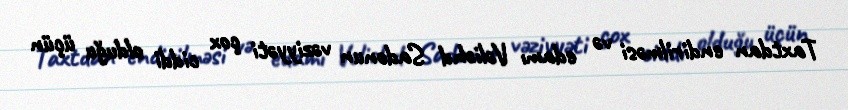
Taxtdan endirilməsi və edamı Vəliəhd Sadonun vəziyyəti çox ciddi olduğu üçün